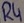
Text: R4